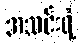
အသင်းရဲ့